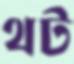
থট